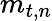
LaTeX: {{m}}_{t,n}